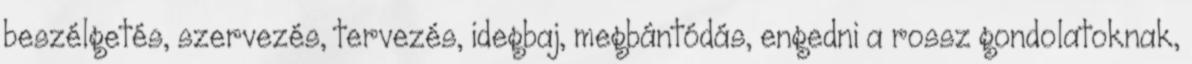
beszélgetés, szervezés, tervezés, idegbaj, megbántódás, engedni a rossz gondolatoknak,